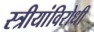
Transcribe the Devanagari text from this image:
स्त्रीयांविरोधी